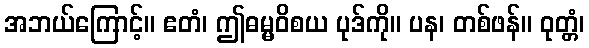
အဘယ်ကြောင့်။ ဧတံ၊ ဤဓမ္မဝိစယ ပုဒ်ကို။ ပန၊ တစ်ဖန်။ ဝုတ္တံ၊